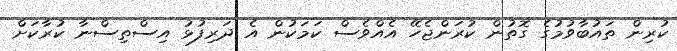
ކުރިން ތައުބާވުމުގެ ގޮތުން ކުރަންޖެހޭ އެއްވެސް ކަމަކުން އެ ދަރިފުޅު އިސްތިސްނާ ކުރާކަށް